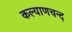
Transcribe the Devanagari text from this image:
कल्याणचन्द